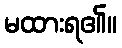
မထားရ၏။